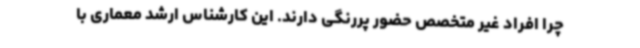
چرا افراد غیر متخصص حضور پررنگی دارند. این کارشناس ارشد معماری با